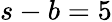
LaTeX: s-b=5